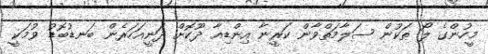
މީހުންގެ ލޯ ތަކުން ސަލާމަތްވާން ކަރީނާ އިންޑިއާ ދޫކޮށް ދަނީއަހަރެން ބަނޑުބޮޑު ވުމަކީ